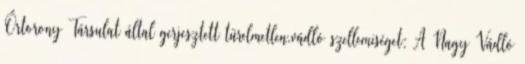
Őrtorony Társulat által gerjesztett türelmetlen,vádló szellemiséget: A Nagy Vádló